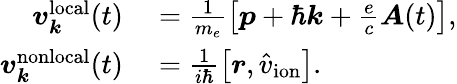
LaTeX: \begin{array}{rl}{\boldsymbol v_{\boldsymbol k}^{\mathrm{local}}(t)}&{{}=\frac{1}{m_{e}}\left[\boldsymbol p+\hbar\boldsymbol k+\frac{e}{c}\boldsymbol A(t)\right],}\\ {\boldsymbol v_{\boldsymbol k}^{\mathrm{nonlocal}}(t)}&{{}=\frac{1}{i\hbar}\left[\boldsymbol r,\hat{v}_{\mathrm{ion}}\right].}\end{array}